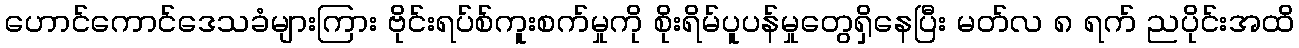
ဟောင်ကောင်ဒေသခံများကြား ဗိုင်းရပ်စ်ကူးစက်မှုကို စိုးရိမ်ပူပန်မှုတွေရှိနေပြီး မတ်လ ၈ ရက် ညပိုင်းအထိ